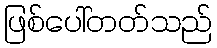
ဖြစ်ပေါ်တတ်သည်